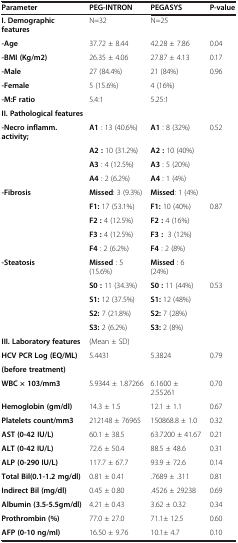
<table><thead><tr><td><b>Parameter</b></td><td><b>PEG-INTRON</b></td><td><b>PEGASYS</b></td><td><b>P-value</b></td></tr></thead><tbody><tr><td><b>I. Demographic features</b></td><td>N=32</td><td>N=25</td><td> </td></tr><tr><td><b>-Age</b></td><td>37.72 ± 8.44</td><td>42.28 ± 7.86</td><td>0.04</td></tr><tr><td><b>-BMI (Kg/m2)</b></td><td>26.35 ± 4.06</td><td>27.87 ± 4.13</td><td>0.17</td></tr><tr><td><b>-Male</b></td><td>27 (84.4%)</td><td>21 (84%)</td><td>0.96</td></tr><tr><td><b>-Female</b></td><td>5 (15.6%)</td><td>4 (16%)</td><td> </td></tr><tr><td><b>-M:F ratio</b></td><td>5.4:1</td><td>5.25:1</td><td> </td></tr><tr><td><b>II. Pathological features</b></td><td> </td><td> </td><td> </td></tr><tr><td><b>-Necro inflamm.activity;</b></td><td><b>A1</b> : 13 (40.6%)</td><td><b>A1</b> : 8 (32%)</td><td>0.52</td></tr><tr><td> </td><td><b>A2 :</b> 10 (31.2%)</td><td><b>A2 :</b> 10 (40%)</td><td> </td></tr><tr><td> </td><td><b>A3</b> : 4 (12.5%)</td><td><b>A3</b> : 5 (20%)</td><td> </td></tr><tr><td> </td><td><b>A4</b> : 2 (6.2%)</td><td><b>A4</b> : 1 (4%)</td><td> </td></tr><tr><td><b>-Fibrosis</b></td><td><b>Missed</b>: 3 (9.3%)</td><td><b>Missed</b>: 1 (4%)</td><td> </td></tr><tr><td> </td><td><b>F1:</b> 17 (53.1%)</td><td><b>F1:</b> 10 (40%)</td><td>0.87</td></tr><tr><td> </td><td><b>F2 :</b> 4 (12.5%)</td><td><b>F2 :</b> 4 (16%)</td><td> </td></tr><tr><td> </td><td><b>F3 :</b> 4 (12.5%)</td><td><b>F3 :</b> 3 (12%)</td><td> </td></tr><tr><td> </td><td><b>F4</b> : 2 (6.2%)</td><td><b>F4</b> : 2 (8%)</td><td> </td></tr><tr><td><b>-Steatosis</b></td><td><b>Missed</b> : 5(15.6%)</td><td><b>Missed</b> : 6 (24%)</td><td> </td></tr><tr><td> </td><td><b>S0 :</b> 11 (34.3%)</td><td><b>S0 :</b> 11 (44%)</td><td>0.53</td></tr><tr><td> </td><td><b>S1:</b> 12 (37.5%)</td><td><b>S1:</b> 12 (48%)</td><td> </td></tr><tr><td> </td><td><b>S2:</b> 7 (21.8%)</td><td><b>S2:</b> 7 (28%)</td><td> </td></tr><tr><td> </td><td><b>S3:</b> 2 (6.2%)</td><td><b>S3:</b> 2 (8%)</td><td> </td></tr><tr><td><b>III. Laboratory features</b></td><td>(Mean ± SD)</td><td> </td><td> </td></tr><tr><td><b>HCV PCR Log (EQ/ML)</b></td><td>5.4431</td><td>5.3824</td><td>0.79</td></tr><tr><td><b>(before treatment)</b></td><td> </td><td> </td><td> </td></tr><tr><td><b>WBC × 103/mm3</b></td><td>5.9344 ± 1.87266</td><td>6.1600 ± 2.55261</td><td>0.70</td></tr><tr><td><b>Hemoglobin (gm/dl)</b></td><td>14.3 ± 1.5</td><td>12.1 ± 1.1</td><td>0.67</td></tr><tr><td><b>Platelets count/mm3</b></td><td>212148 ± 76965</td><td>150868.8 ± 1.0</td><td>0.32</td></tr><tr><td><b>AST (0-42 IU/L)</b></td><td>60.1 ± 38.5</td><td>63.7200 ± 41.67</td><td>0.21</td></tr><tr><td><b>ALT (0-42 IU/L)</b></td><td>72.6 ± 50.4</td><td>88.5 ± 48.6</td><td>0.31</td></tr><tr><td><b>ALP (0-290 IU/L)</b></td><td>117.7 ± 67.7</td><td>93.9 ± 72.6</td><td>0.14</td></tr><tr><td><b>Total Bil(0.1-1.2 mg/dl)</b></td><td>0.81 ± 0.41</td><td>.7689 ± .311</td><td>0.81</td></tr><tr><td><b>Indirect Bil (mg/dl)</b></td><td>0.45 ± 0.80</td><td>.4526 ± 29238</td><td>0.69</td></tr><tr><td><b>Albumin (3.5-5.5gm/dl)</b></td><td>4.21 ± 0.43</td><td>3.62 ± 0.32</td><td>0.34</td></tr><tr><td><b>Prothrombin (%)</b></td><td>77.0 ± 27.0</td><td>71.1± 12.5</td><td>0.60</td></tr><tr><td><b>AFP (0-10 ng/ml)</b></td><td>16.50 ± 9.76</td><td>10.1± 4.7</td><td>0.10</td></tr></tbody></table>